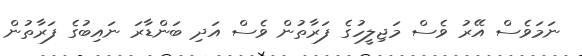
ނަމަވެސް އޭރު ވެސް މަޖިލީހުގެ ފަރާތުން ވެސް އަދި ބަންޑާރަ ނައިބުގެ ފަރާތުން